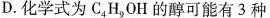
D.化学式为C_{4}H_{9}OH的醇可能有3种